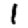
Digit: 1